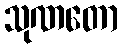
သုဏတော